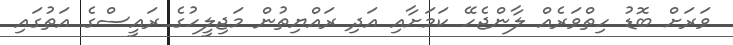
ވަރަށް ބޮޑު ހިތްވަރެއް ލާންޖެހޭ ކަމަށާއި އަދި ރައްޔިތުން މަޖިލީހުގެ ރައީސްގެ އަތުގައި